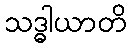
သဒ္ဓါယာတိ